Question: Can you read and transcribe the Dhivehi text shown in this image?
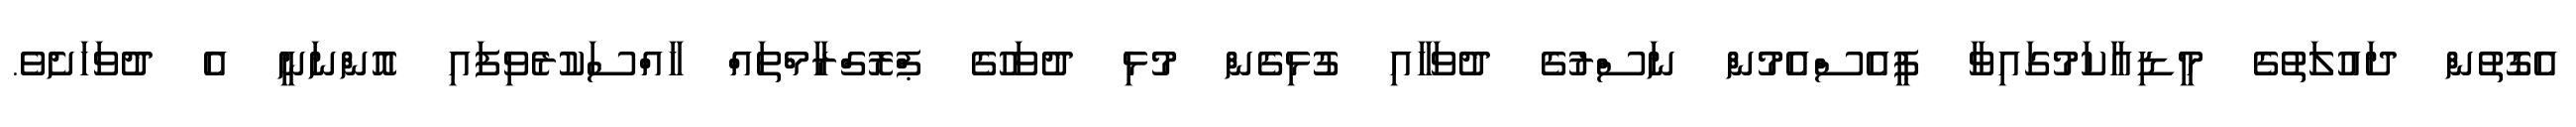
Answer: އެގޮތުން ދައުލަތުގެ މީޑިއާކަމުގައިވާ ޕީއެސްއެމުން ނަސްރުގެ ދުވަހާއި ގުޅިގެން މުޅި ދުވަހުގެ ޕްރޮގްރާމްތައް ހާއްސަކުރެވިފައި އޮންނަނީ އެ ދުވަހަށެވެ.